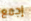
إجمع